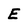
Character: E